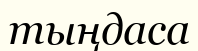
тыңдаса